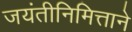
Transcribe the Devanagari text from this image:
जयंतीनिमित्ताने